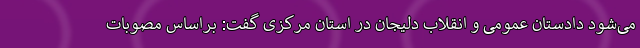
می‌شود دادستان عمومی و انقلاب دلیجان در استان مرکزی گفت: براساس مصوبات